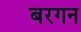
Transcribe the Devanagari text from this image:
बरगन